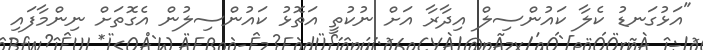
"އަޅުގަނޑު ކެލާ ކައުންސިލް އިދާރާ އަށް ނުކުތީ އަތޮޅު ކައުންސިލުން އެގޮތަށް ނިންމާފައި